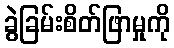
ခွဲခြမ်းစိတ်ဖြာမှုကို